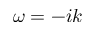
\omega = - i k